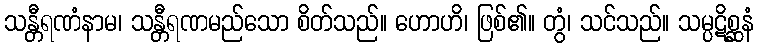
သန္တီရဏံနာမ၊ သန္တီရဏမည်သော စိတ်သည်။ ဟောဟိ၊ ဖြစ်၏။ တွံ၊ သင်သည်။ သမ္ပဋိစ္ဆနံ